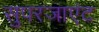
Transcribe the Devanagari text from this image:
सुपरजाएंट